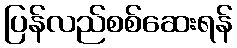
ပြန်လည်စစ်ဆေးရန်